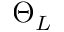
\Theta _ { L }